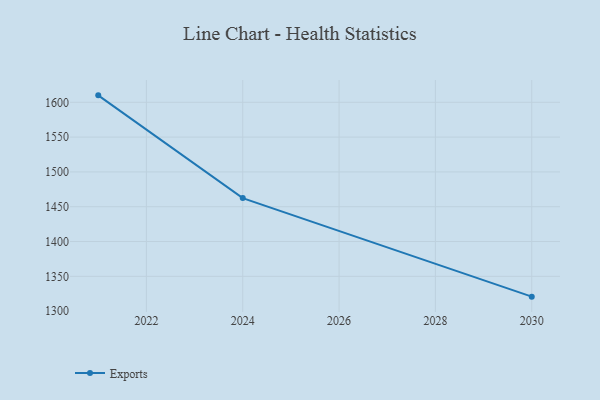
{"axis": {"x": "Year", "y": "Inventory Turnover"}, "legend": ["Exports"], "data": [{"x": "2021", "y": 1610.0, "type": "Exports"}, {"x": "2024", "y": 1462.4, "type": "Exports"}, {"x": "2030", "y": 1320.8, "type": "Exports"}]}